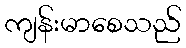
ကျန်းမာစေသည်